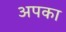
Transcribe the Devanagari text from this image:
अपका